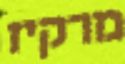
מרקיז